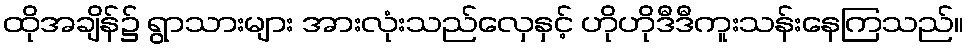
ထိုအချိန်၌ ရွာသားများ အားလုံးသည်လှေနှင့် ဟိုဟိုဒီဒီကူးသန်းနေကြသည်။